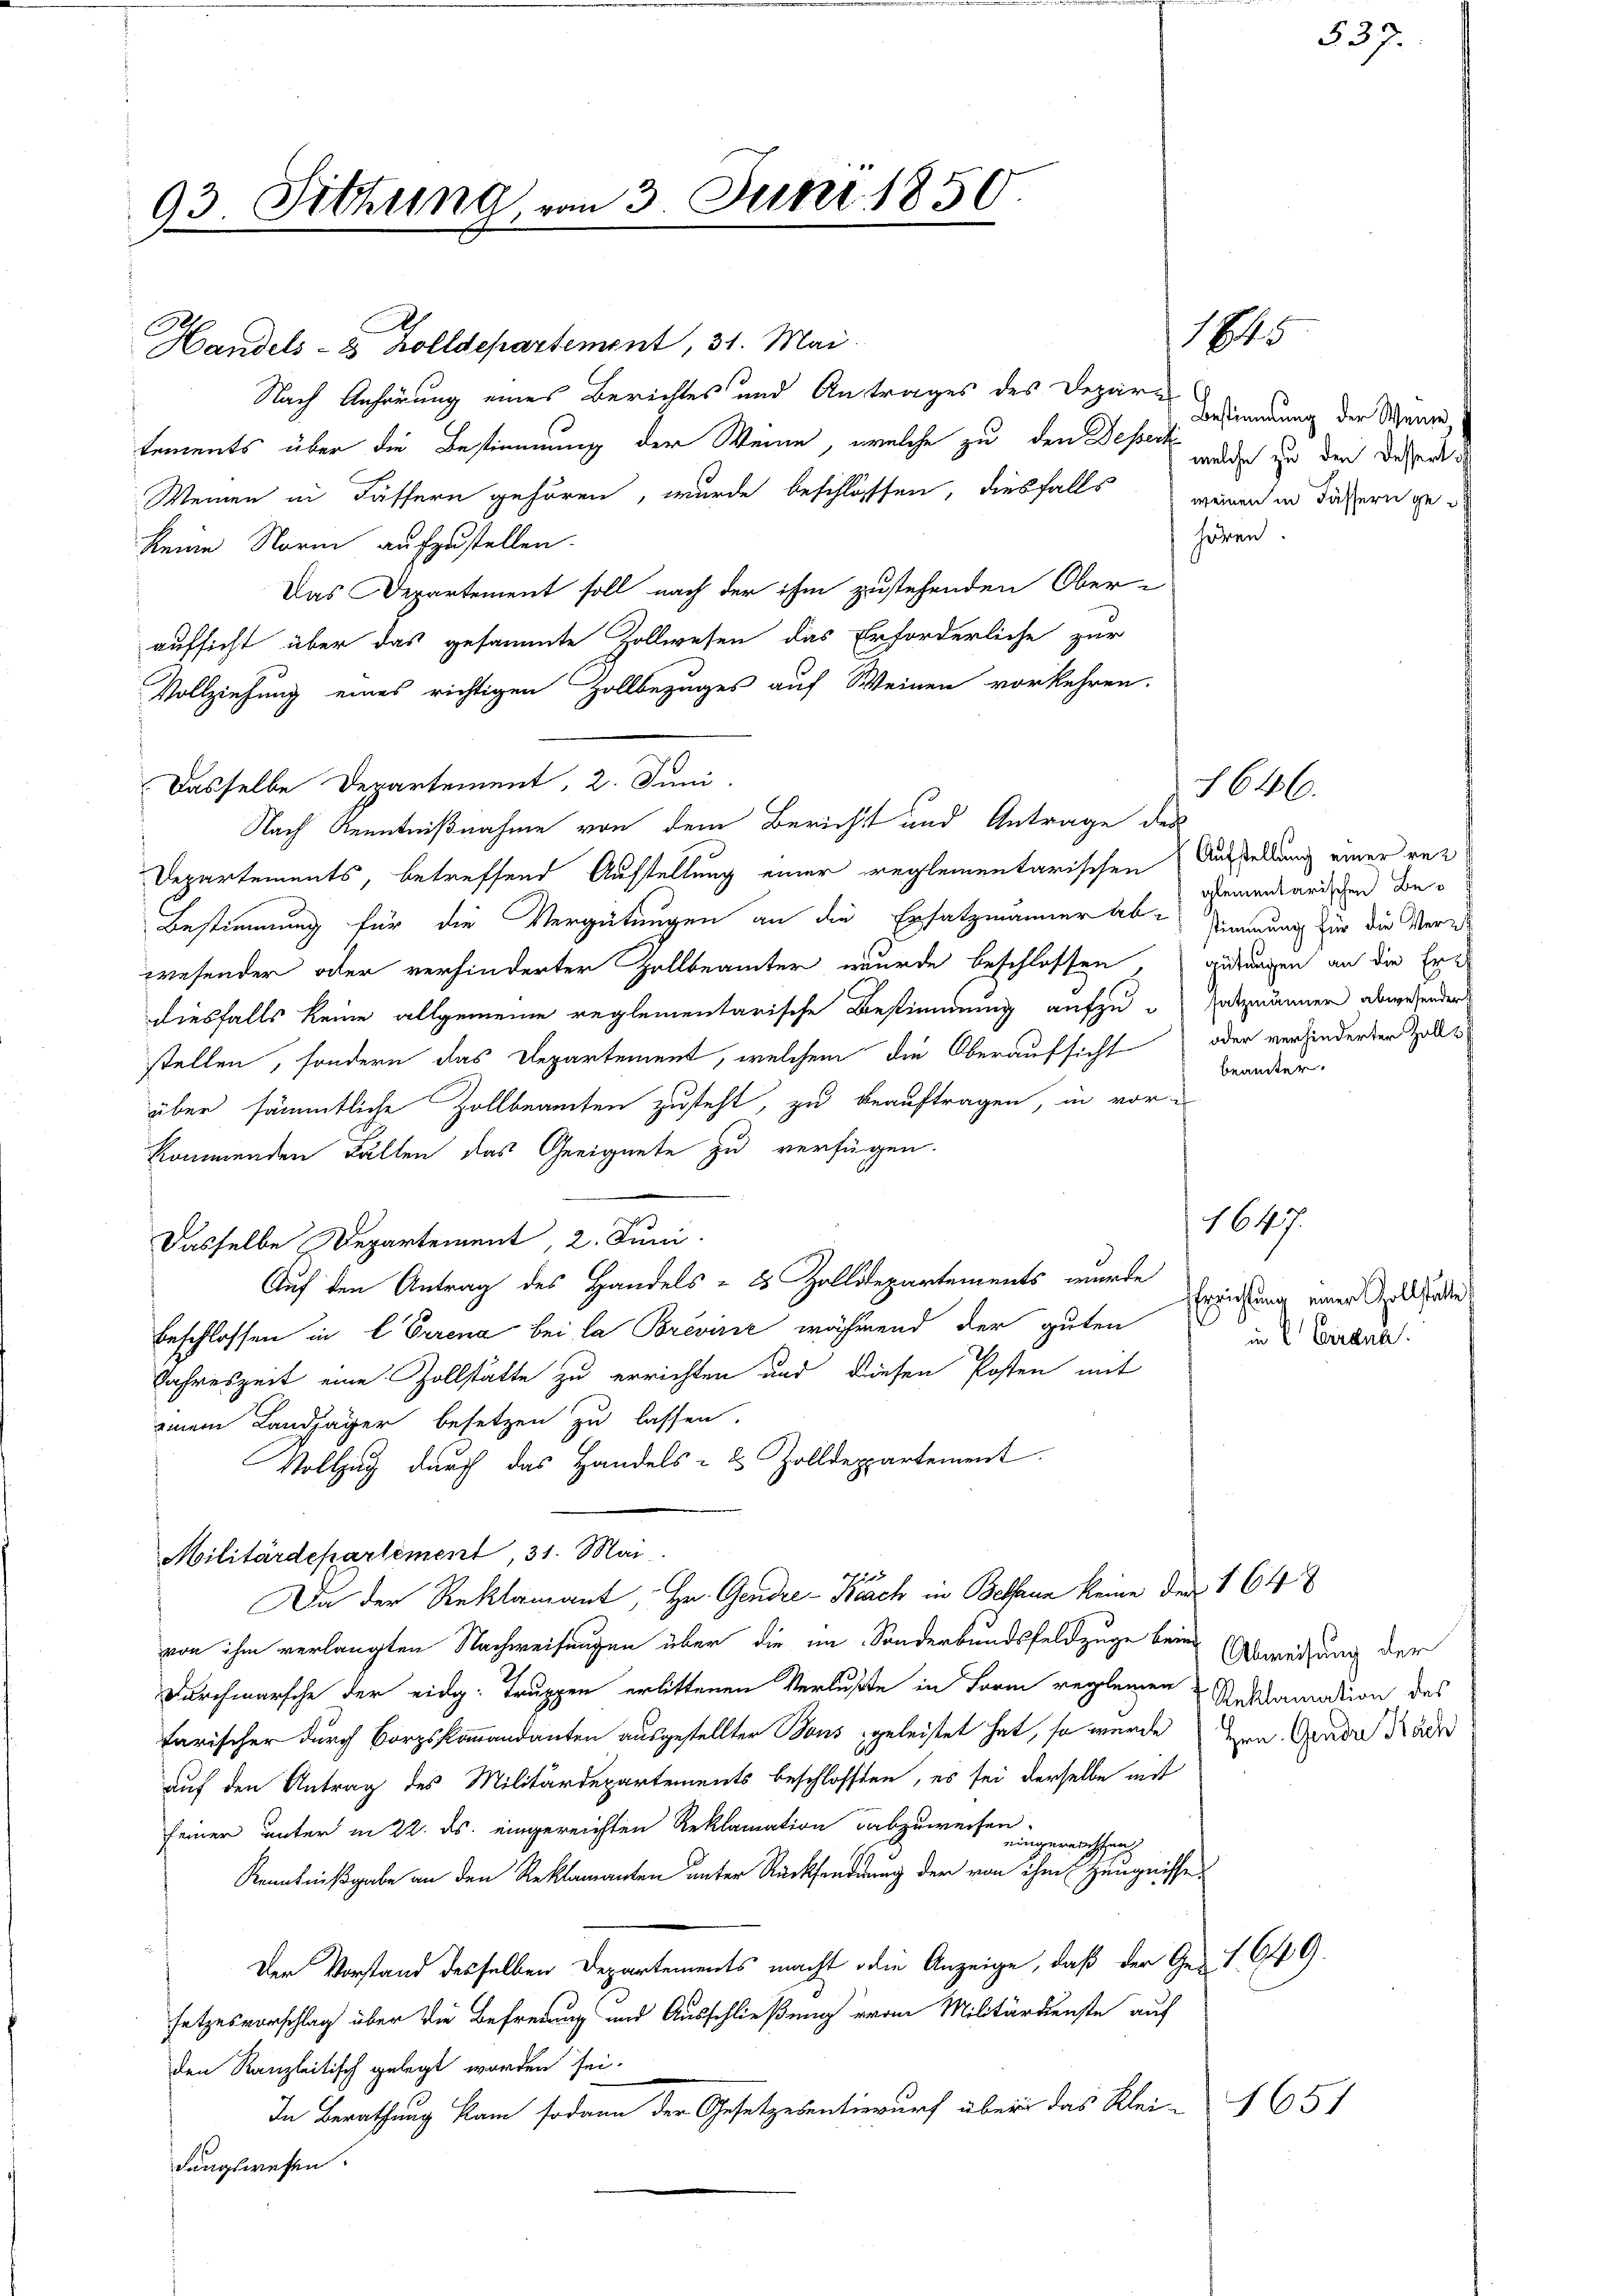
93. Sitzung vom 3. Juni 1850.

Handels- & Zolldepartement, 31. Mai.
Nach Anhörung eines Berichtes und Antrages des Depare
tements über die Bestimmung der Weine, welche zu den Desser doch in der Deser de
Weinen in Fässern gehören, wurde beschlossen, diesfalls wenn in diesern ge
hören
keine Norm aufzustellen.
Das Departement soll nach der ihm zustehenden Oberaufsicht über das gesammte Zollwesen das Erforderliche zur
Vollziehung eines richtigen Zollbezuges auf Weinen vorkehren.
Dasselbe Departement, 2. Juni.
Nach Kenntnißnahme von dem Bericht und Antrage des
Departements, betreffend Aufstellung einer reglementarischen Ausstellung einer rez
Bestimmung für die Vergütungen an die Ersatzmänner Abstimmung für die Vere
wesender oder verhinderter Zollbeamter wurde beschlossen gedungen an die Erdiesfalls keine allgemeine reglementarische Bestimmung aufzusetzmänner abwesender
stellen, sondern das Departement, welchem die Oberaufsicht oder verhinderten Zolls
über sämmtliche Zollbeamten zusteht, zu beauftragen, in vorkommenden Fällen das Geeignete zu verfügen.
Dasselbe Departement, 2. Juni
Auf den Antrag des Handels- 8 Zolldepartements wurde
Beschlossen in l. Errena bei la Brević während der guten
Jahreszeit eine Zollstätte zu errichten und diesen Posten mit
einem Landjäger besetzen zu lassen.
Vollzug durch das Handels- & Zolldeppartement
Militärdepartement, 31. Mai
N 112
Da der Reklamant, Hr. Gendre-Baach in Bethann keine den 164
von ihm verlangten Nachweisungen über die im Sonderbundsfeldzuge beim Abweisung der
Durchmarsche der eidg. Truppen erlittenen Verluste in Form reglemen Reklamation des
tarischer durch Borgskommandanten ausgestellter Bons geleistet hat, so wurde von Grade Räder
auf den Antrag des Militärdepartements beschlossen, es sei derselbe mit
seiner unter in 22. ds. eingereichten Reklamation abzuweisen.
eingereichten
Kenntnißgabe an den Reklamanten unter Rücksendung der von ihm Zeugnisse
Der Vorstand desselben Departements macht die Anzeige, daß der Ge- 1. 649.
setzesvorschlag über die Befreiung und Ausschließung von Militärdienste auf
den Kanzleitisch gelegt worden sei.
In Berathung kam sodann der Gesetzesentwurf über das Klei-
dungswesen.

1845

Bestimmung der Weine

glementarischen Bebeamter.

646.

Errichtung einer Zollstatte
in 2 Crana

1647.

1651

537.